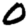
Digit: 0